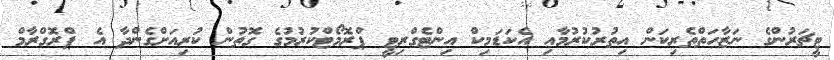
ޓީޗަރުންގެ ނަޒާހަތްތެރިކަން އިތުރުކުރުމާއި އެކަޑަމިކް އިންޓެގްރިޓީ ޕްރޮމޯޓްކުރުމުގެ ގޮތުން ކުރިއަށްގެންދާ އެ ޕްރޮގްރާމް